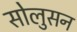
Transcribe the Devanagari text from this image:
सोलुसन